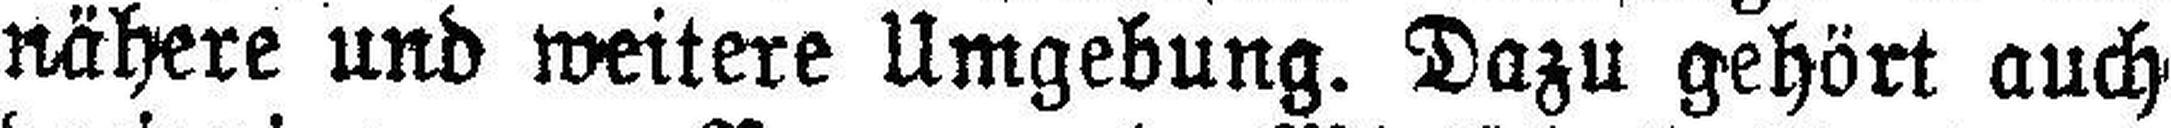
nähere und weitere Umgebung. Dazu gehört auch